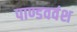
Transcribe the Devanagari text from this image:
पाण्डववंश